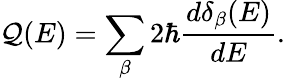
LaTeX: \mathcal{Q}(E)=\sum_{\beta}2\hbar\frac{{d\delta_{\beta}(E)}}{{dE}}.